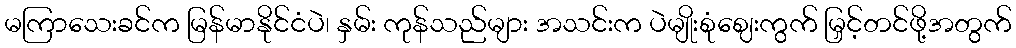
မကြာသေးခင်က မြန်မာနိုင်ငံပဲ၊ နှမ်း ကုန်သည်များ အသင်းက ပဲမျိုးစုံဈေးကွက် မြှင့်တင်ဖို့အတွက်